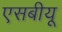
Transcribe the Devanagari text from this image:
एसबीयू